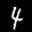
Label: 4